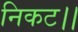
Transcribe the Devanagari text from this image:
निकट।।